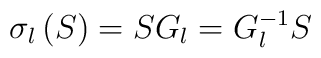
\sigma _{l}\left( S\right) =SG_{l}=G_{l}^{-1}S